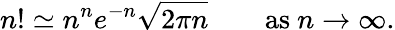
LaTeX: n!\simeq n^{n}e^{-n}{\sqrt{2\pi n}}\qquad{\mathrm{as~}}n\to\infty.